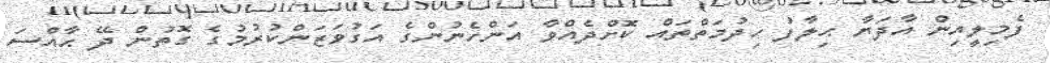
ފެމިލީއިން އާދަޔާ ޙިލާފު ހިދުމަތްތައް ކޮށްދެއްވާ އަންހެނުންގެ އަގުވަޒަންކުރުމުގެ ގޮތުން ދޭ ޙާއްސަ